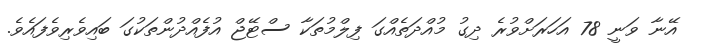
އޭނާ ވަނީ 78 އަހަރަށްވުރެ ދިގު މުއްދަތެއްގަ ފިލްމުތަކާ ސްޓޭޖް އުފެއްދުންތަކުގަ ބައިވެރިވެފައެވެ.